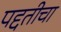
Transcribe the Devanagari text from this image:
पद्दतीचा